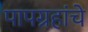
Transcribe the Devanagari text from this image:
पापग्रहांचे